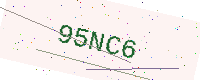
Text: 95NC6